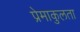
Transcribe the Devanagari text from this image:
प्रेमाकुलता